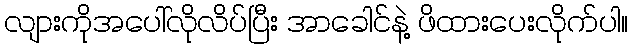
လျားကိုအပေါ်လိုလိပ်ပြီး အာခေါင်နဲ့ ဖိထားပေးလိုက်ပါ။